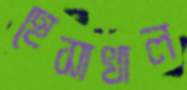
হেসাখাল